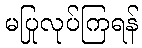
မပြုလုပ်ကြရန်